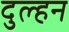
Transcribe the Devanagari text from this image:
दुल्‍हन